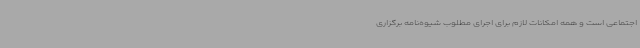
اجتماعی است و همه امکانات لازم برای اجرای مطلوب شیوه‌نامه برگزاری